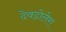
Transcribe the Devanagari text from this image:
देवढोलेरा